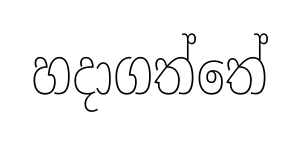
හදාගත්තේ